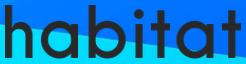
habitat